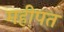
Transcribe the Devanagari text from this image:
महीपत